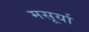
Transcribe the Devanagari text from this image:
मसूर्या